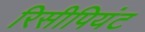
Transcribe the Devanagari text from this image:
रिसीपियंट